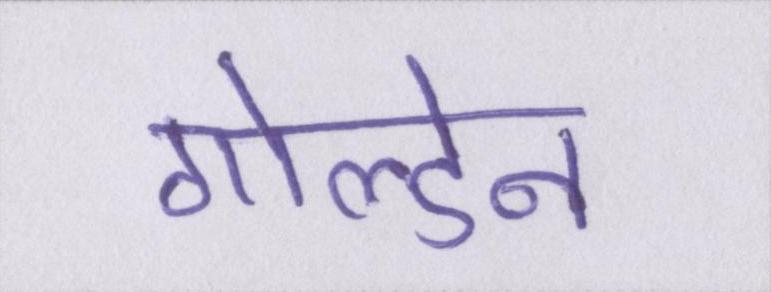
गोल्डेन